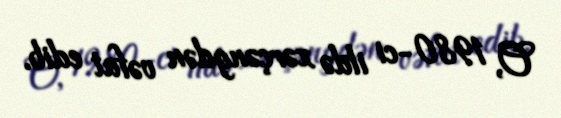
O, 1980-ci ildə xərçəngdən vəfat edib.